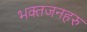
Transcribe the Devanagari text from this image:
भक्तजनहरु